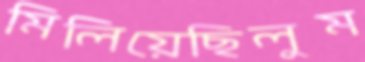
মিলিয়েছিলুম